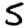
Digit: 5